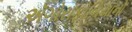
ઍગોરાફોબિયાનો